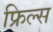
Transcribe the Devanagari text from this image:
फ्रिल्स